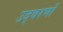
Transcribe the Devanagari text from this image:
उद्वरणों